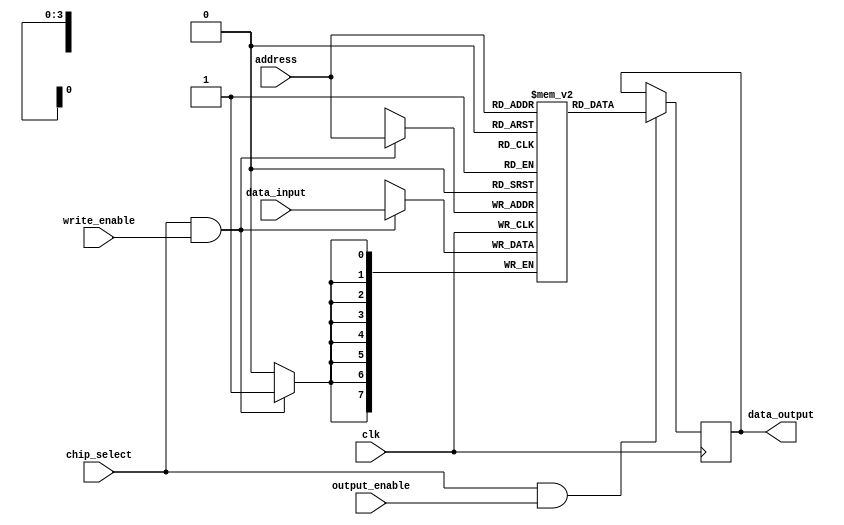
module sram (
    input wire clk,
    input wire [7:0] data_input,
    output reg [7:0] data_output,
    input wire [3:0] address,
    input wire chip_select,
    input wire write_enable,
    input wire output_enable
);

reg [7:0] memory[15:0]; // 16 words of 8-bit memory

always @(posedge clk) begin
    if (chip_select && write_enable) begin
        memory[address] <= data_input;
    end
    
    if (chip_select && output_enable) begin
        data_output <= memory[address];
    end
end

endmodule